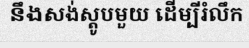
នឹងសង់ស្តូបមួយ ដើម្បីរំលឹក